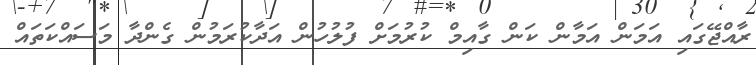
ރާއްޖޭގައި އަމަން އަމާން ކަން ގާއިމް ކުރުމަށް ފުލުހުން އަދާކުރަމުން ގެންދާ މަސައްކަތައް